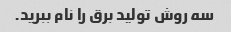
سه روش تولید برق را نام ببرید.